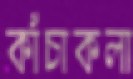
কাঁচাকলা